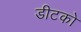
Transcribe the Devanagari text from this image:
डीटको